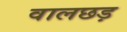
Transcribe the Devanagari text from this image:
वालछड़